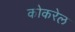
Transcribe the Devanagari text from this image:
कोकरेल